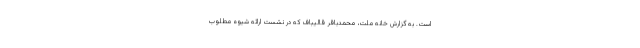
است. به گزارش خانه ملت، محمدباقر قالیباف که در نشست ارائه شیوه مطلوب